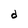
Character: d